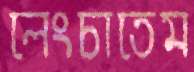
লেংচাতেম